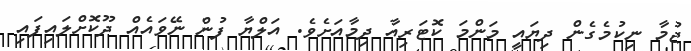
ޖުމާ ނިކުމެގެން ދިޔައީ މަންމަ ކޮޓަރިއާ ދިމާއަށެވެ. އަލްޔާ ފުން ނޭވައެއް ދޫކޮށްލައިފައި